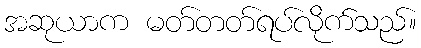
အဆုယာက မတ်တတ်ရပ်လိုက်သည်။